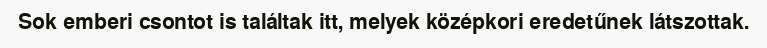
Sok emberi csontot is találtak itt, melyek középkori eredetűnek látszottak.